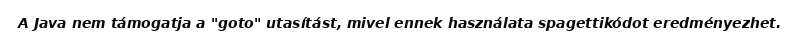
A Java nem támogatja a "goto" utasítást, mivel ennek használata spagettikódot eredményezhet.